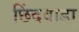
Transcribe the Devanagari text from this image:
छिंदवाडा़